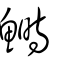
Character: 鰣